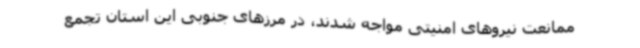
ممانعت نیروهای امنیتی مواجه شدند، در مرزهای جنوبی این استان تجمع